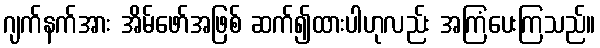
ဂျက်နက်အား အိမ်ဖော်အဖြစ် ဆက်၍ထားပါဟုလည်း အကြံပေးကြသည်။